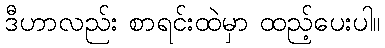
ဒီဟာလည်း စာရင်းထဲမှာ ထည့်ပေးပါ။